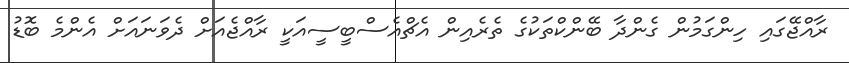
ރާއްޖޭގައި ހިންގަމުން ގެންދާ ބޭންކްތަކުގެ ތެރެއިން އެޗްއެސްބީސީއަކީ ރާއްޖެއަށް ދެވަނައަށް އެންމެ ބޮޑު